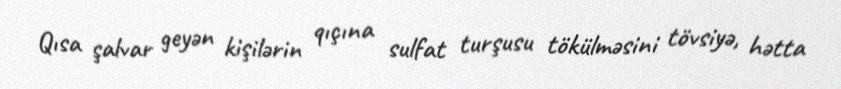
Qısa şalvar geyən kişilərin qıçına sulfat turşusu tökülməsini tövsiyə, hətta